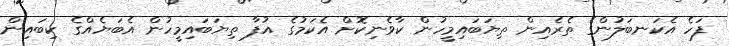
ފަހެ އެކަނބަލުންގެ ތެރެއިން ތިޔަބައިމީހުން ކާވެނިކޮށް އެކަމުގެ އުފާ ތިޔަބައިމީހުން އެބަޔެއްގެ ކިބައިން